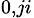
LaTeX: _{0,ji}